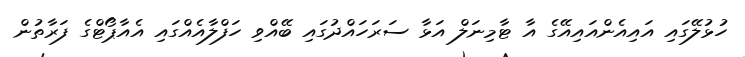
ހުޅުލޭގައި އައިއެންއައިއޭގެ އާ ޓާމިނަލް އަޅާ ސަރަހައްދުގައި ބޭއްވި ހަފްލާއެއްގައި އެއާޕޯޓްގެ ފަރާތުން